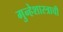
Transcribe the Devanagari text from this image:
गुन्हेशास्त्राची